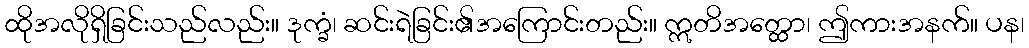
ထိုအလိုရှိခြင်းသည်လည်း။ ဒုက္ခံ၊ ဆင်းရဲခြင်း၏အကြောင်းတည်း။ ဣတိအတ္ထော၊ ဤကားအနက်။ ပန၊